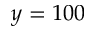
y = 1 0 0